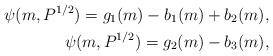
LaTeX: \begin{align*} \psi(m, P^{1/2}) = g_1(m) - b_1(m) + b_2(m), \\ \psi(m, P^{1/2}) = g_2(m) - b_3(m),\end{align*}